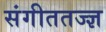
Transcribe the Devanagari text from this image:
संगीततज्ज्ञ